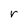
Character: r